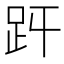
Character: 𧿋